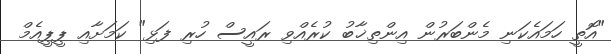
"އޮތީ ހަމައެކަނި މެންބަރުން އިންތިޚާބު ކުރެއްވި ރައީސް ހުރި ފަޅި" ކަމަށާއި ޕީޕީއެމް